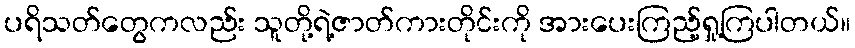
ပရိသတ်တွေကလည်း သူတို့ရဲ့ဇာတ်ကားတိုင်းကို အားပေးကြည့်ရှု့ကြပါတယ်။